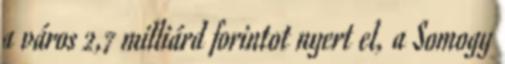
a város 2,7 milliárd forintot nyert el, a Somogy